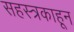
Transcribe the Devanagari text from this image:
सहस्त्रकाहून